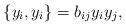
LaTeX: \begin{align*}\{y_i,y_i\}=b_{ij}y_iy_j,\end{align*}